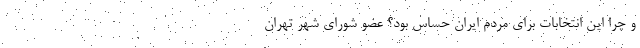
و چرا این انتخابات برای مردم ایران حساس بود؟ عضو شورای شهر تهران